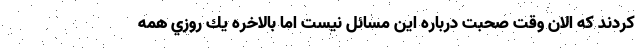
كردند كه الان وقت صحبت درباره اين مسائل نيست اما بالاخره يك روزي همه